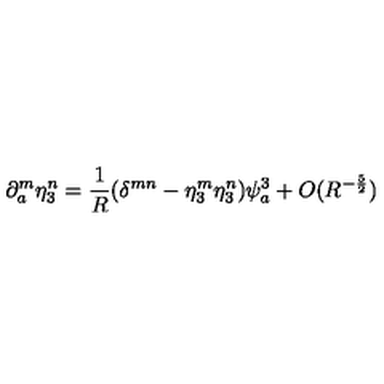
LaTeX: \partial _ { a } ^ { m } \eta _ { 3 } ^ { n } = \frac { 1 } { R } ( \delta ^ { m n } - \eta _ { 3 } ^ { m } \eta _ { 3 } ^ { n } ) \psi _ { a } ^ { 3 } + O ( R ^ { - \frac { 5 } { 2 } } )